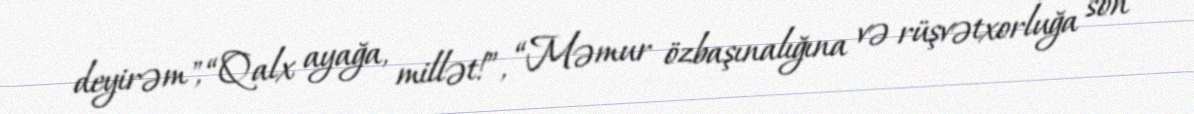
deyirəm", “Qalx ayağa, millət!”, “Məmur özbaşınalığına və rüşvətxorluğa son